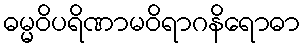
ဓမ္မဝိပရိဏာမဝိရာဂနိရောဓာ